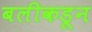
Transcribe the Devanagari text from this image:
बलीकडून